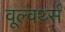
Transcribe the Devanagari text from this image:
वूल्वर्थ्स